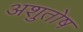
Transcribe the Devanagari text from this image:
अशुतोष